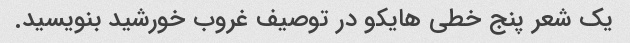
یک شعر پنج خطی هایکو در توصیف غروب خورشید بنویسید.